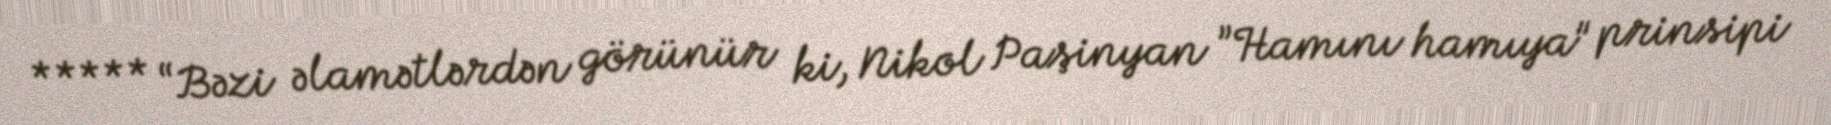
***** “Bəzi əlamətlərdən görünür ki, Nikol Paşinyan ”Hamını hamıya" prinsipi